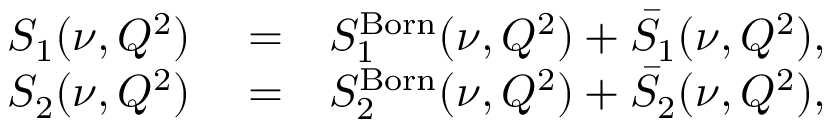
\begin{array} { r l r } { S _ { 1 } ( \nu , Q ^ { 2 } ) } & { { } = } & { S _ { 1 } ^ { \mathrm { B o r n } } ( \nu , Q ^ { 2 } ) + \bar { S } _ { 1 } ( \nu , Q ^ { 2 } ) , } \\ { S _ { 2 } ( \nu , Q ^ { 2 } ) } & { { } = } & { S _ { 2 } ^ { \mathrm { B o r n } } ( \nu , Q ^ { 2 } ) + \bar { S } _ { 2 } ( \nu , Q ^ { 2 } ) , } \end{array}